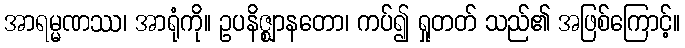
အာရမ္မဏဿ၊ အာရုံကို။ ဥပနိဇ္ဈာနတော၊ ကပ်၍ ရှုတတ် သည်၏ အဖြစ်ကြောင့်။